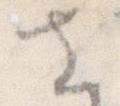
さ